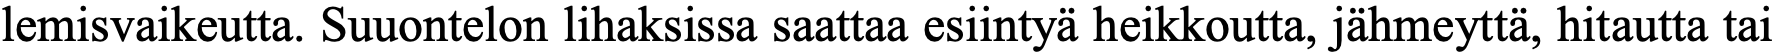
lemisvaikeutta. Suuontelon lihaksissa saattaa esiintyä heikkoutta, jähmeyttä, hitautta tai